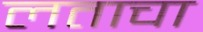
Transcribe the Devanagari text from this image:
लताचा